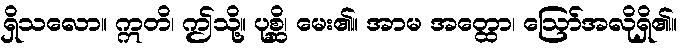
ရှိသလော။ ဣတိ၊ ဤသို့။ ပုစ္ဆိ၊ မေး၏။ အာမ အတ္ထော၊ ဩော်အလိုရှိ၏။